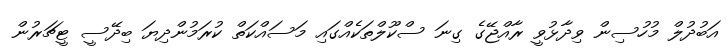
އަބުދުލް މުހުސިން ވިދާޅުވީ ރާއްޖޭގެ ގިނަ ސްކޫލްތަކެއްގައި މަސައްކަތް ކުރަމުންދިޔަ ބިދޭސީ ޓީޗަރުން